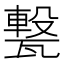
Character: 𤮈